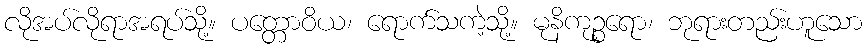
လိုအပ်လိုရာအရပ်သို့။ ပတ္တောဝိယ၊ ရောက်သကဲ့သို့။ မုနိကုဉ္စရော၊ ဘုရားတည်းဟူသော